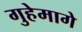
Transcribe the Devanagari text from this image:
गुहेमागे